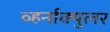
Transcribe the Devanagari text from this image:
व्हर्नाक्‍युलर